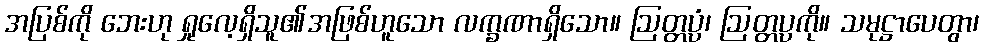
အပြစ်ကို ဘေးဟု ရှုလေ့ရှိသူ၏အဖြစ်ဟူသော လက္ခဏာရှိသော။ ဩတ္တပ္ပံ၊ ဩတ္တပ္ပကို။ သမုဋ္ဌာပေတွာ၊